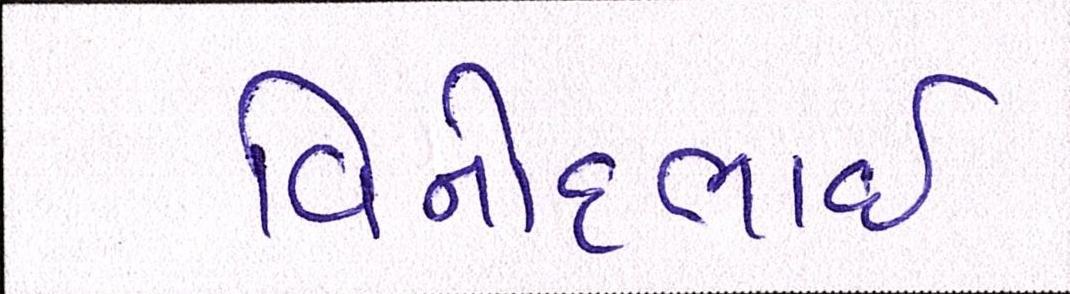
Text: વિનોદભાઈ